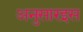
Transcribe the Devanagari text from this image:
अनुसारइस